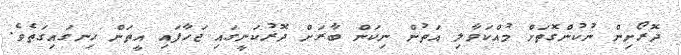
ދޮރޯށިން ނުކުންގޮތަށް މުއްކަވާލި އަތުން ނިކަން ބާރަށް ދޮރުކަނީގައި ޖަހާފައި އީތަން ހިނގައިގަތެވެ.